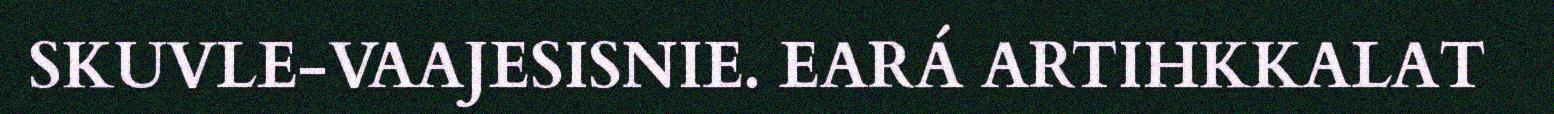
SKUVLE-VAAJESISNIE. EARÁ ARTIHKKALAT